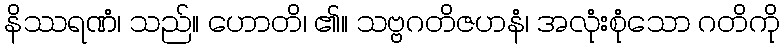
နိဿရဏံ၊ သည်။ ဟောတိ၊ ၏။ သဗ္ဗဂတိဇဟနံ၊ အလုံးစုံသော ဂတိကို